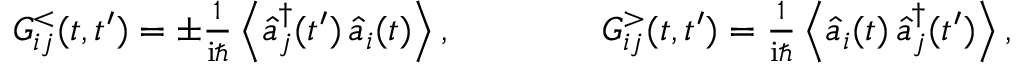
\begin{array} { r } { G _ { i j } ^ { < } ( t , t ^ { \prime } ) = \pm \frac { 1 } { \mathrm { i } \hbar } \left\langle \hat { a } _ { j } ^ { \dagger } ( t ^ { \prime } ) \, \hat { a } _ { i } ( t ) \right\rangle , \qquad \qquad G _ { i j } ^ { > } ( t , t ^ { \prime } ) = \frac { 1 } { \mathrm { i } \hbar } \left\langle \hat { a } _ { i } ( t ) \, \hat { a } _ { j } ^ { \dagger } ( t ^ { \prime } ) \right\rangle , } \end{array}